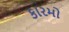
કારમો